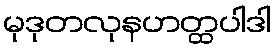
မုဒုတလုနဟတ္ထပါဒါ